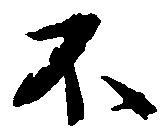
不